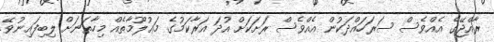
ރާއްޖޭގެ އެއްވެސް ސަރަހައްދަކުން އެއްވެސް ރަށަކަށް އުދަ އަރާކަމުގެ މަޢުލޫމާތެއް މިހާތަނަށް ލިބިފައިނުވޭ.